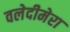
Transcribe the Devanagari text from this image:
वलेदीमेरा